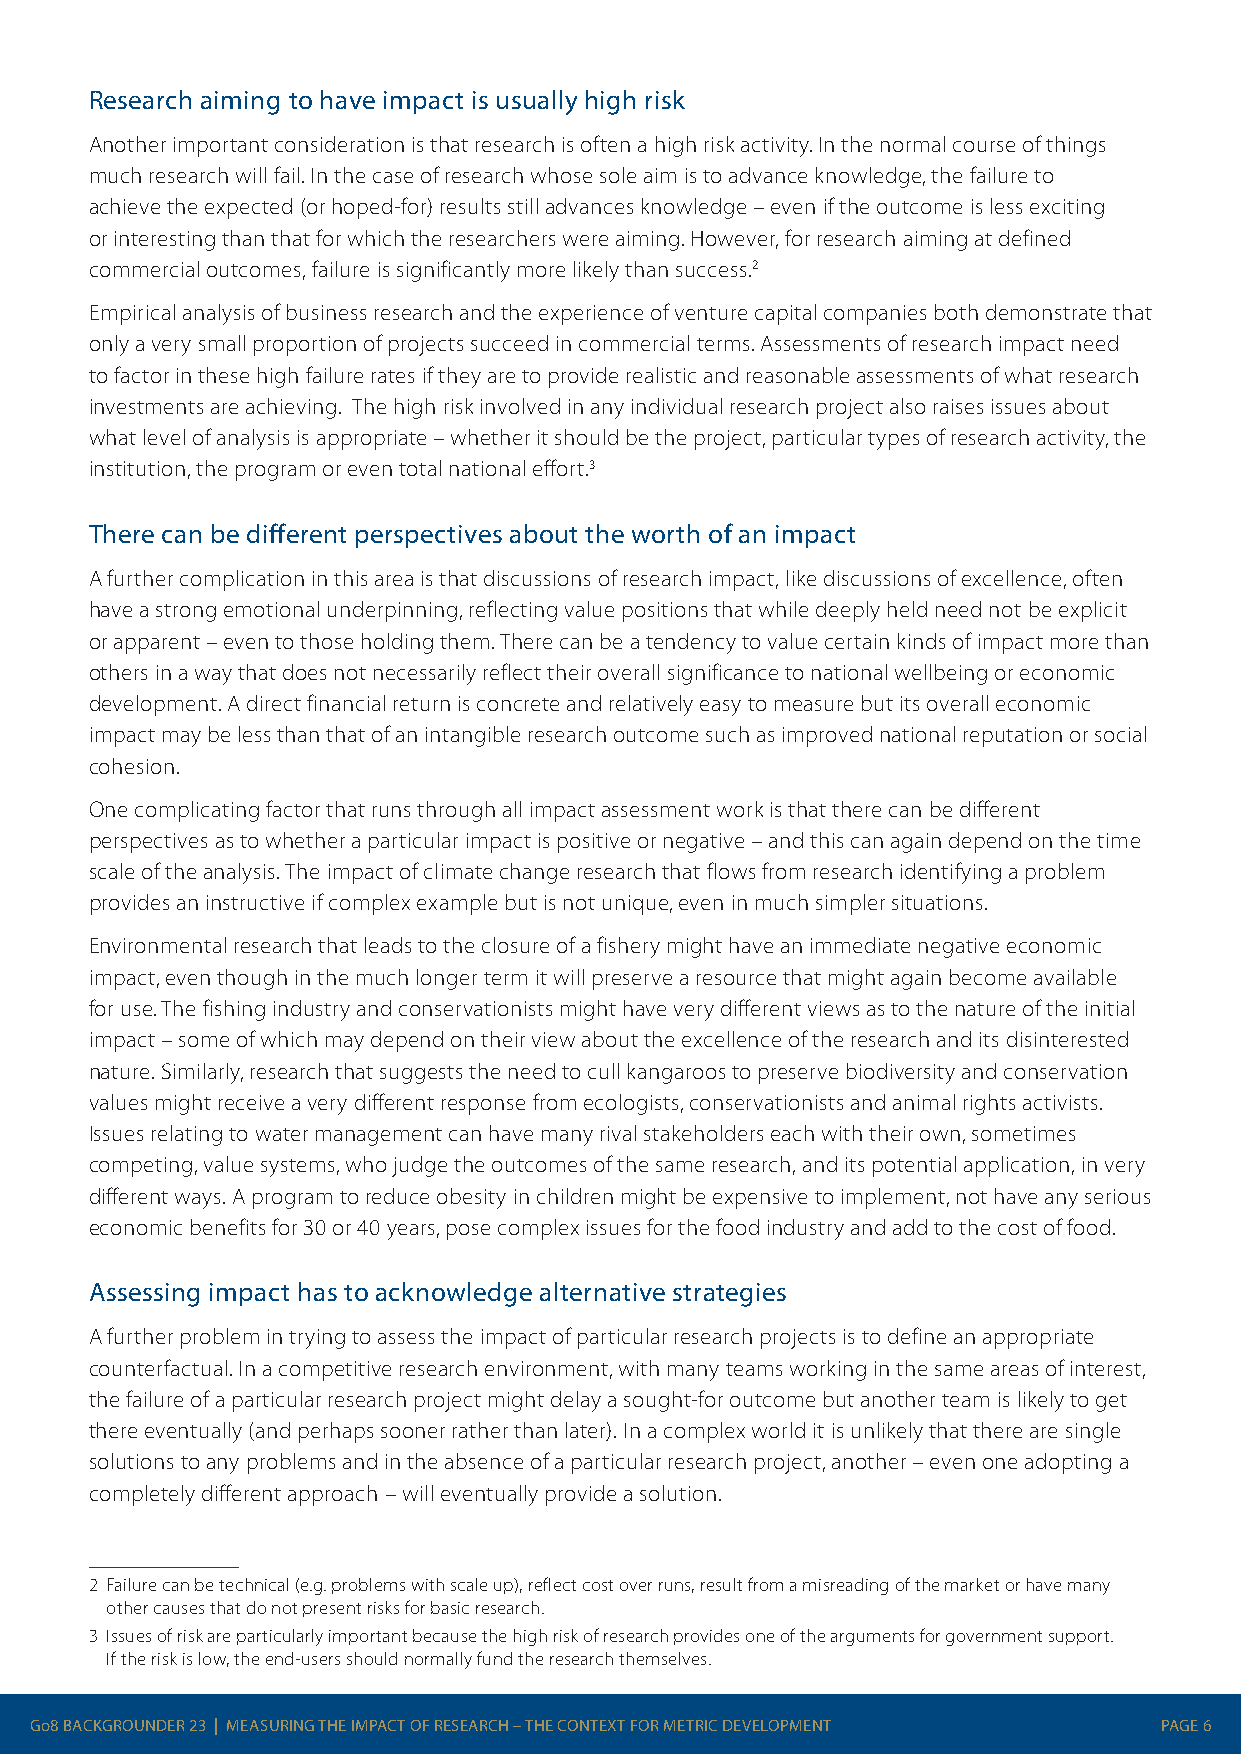
Research aiming to have impact is usually high risk
 Another important consideration is that research is often a high risk activity. In the normal course of things
 much research will fail. In the case of research whose sole aim is to advance knowledge, the failure to
 achieve the expected (or hoped-for) results still advances knowledge – even if the outcome is less exciting
 or interesting than that for which the researchers were aiming. However, for research aiming at defined
 commercial outcomes, failure is significantly more likely than success.2
 Empirical analysis of business research and the experience of venture capital companies both demonstrate that
 only a very small proportion of projects succeed in commercial terms. Assessments of research impact need
 to factor in these high failure rates if they are to provide realistic and reasonable assessments of what research
 investments are achieving. The high risk involved in any individual research project also raises issues about
 what level of analysis is appropriate – whether it should be the project, particular types of research activity, the
 institution, the program or even total national effort.3
 There can be different perspectives about the worth of an impact
 A further complication in this area is that discussions of research impact, like discussions of excellence, often
 have a strong emotional underpinning, reflecting value positions that while deeply held need not be explicit
 or apparent – even to those holding them. There can be a tendency to value certain kinds of impact more than
 others in a way that does not necessarily reflect their overall significance to national wellbeing or economic
 development. A direct financial return is concrete and relatively easy to measure but its overall economic
 impact may be less than that of an intangible research outcome such as improved national reputation or social
 cohesion.
 One complicating factor that runs through all impact assessment work is that there can be different
 perspectives as to whether a particular impact is positive or negative – and this can again depend on the time
 scale of the analysis. The impact of climate change research that flows from research identifying a problem
 provides an instructive if complex example but is not unique, even in much simpler situations.
 Environmental research that leads to the closure of a fishery might have an immediate negative economic
 impact, even though in the much longer term it will preserve a resource that might again become available
 for use. The fishing industry and conservationists might have very different views as to the nature of the initial
 impact – some of which may depend on their view about the excellence of the research and its disinterested
 nature. Similarly, research that suggests the need to cull kangaroos to preserve biodiversity and conservation
 values might receive a very different response from ecologists, conservationists and animal rights activists.
 Issues relating to water management can have many rival stakeholders each with their own, sometimes
 competing, value systems, who judge the outcomes of the same research, and its potential application, in very
 different ways. A program to reduce obesity in children might be expensive to implement, not have any serious
 economic benefits for 30 or 40 years, pose complex issues for the food industry and add to the cost of food.
 Assessing impact has to acknowledge alternative strategies
 A further problem in trying to assess the impact of particular research projects is to define an appropriate
 counterfactual. In a competitive research environment, with many teams working in the same areas of interest,
 the failure of a particular research project might delay a sought-for outcome but another team is likely to get
 there eventually (and perhaps sooner rather than later). In a complex world it is unlikely that there are single
 solutions to any problems and in the absence of a particular research project, another – even one adopting a
 completely different approach – will eventually provide a solution.
 2 Failure can be technical (e.g. problems with scale up), reflect cost over runs, result from a misreading of the market or have many
 other causes that do not present risks for basic research.
 3 Issues of risk are particularly important because the high risk of research provides one of the arguments for government support.
 If the risk is low, the end-users should normally fund the research themselves.
 Go8 BACKGROUNDER 23 | MEASURING THE IMPACT OF RESEARCH – THE CONTEXT FOR METRIC DEVELOPMENT PAGE 6